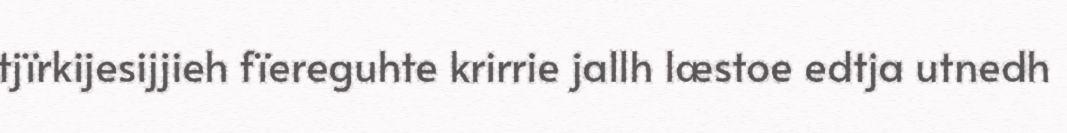
tjïrkijesijjieh fïereguhte krirrie jallh læstoe edtja utnedh